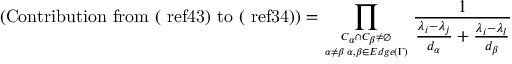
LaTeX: ( \mathrm { C o n t r i b u t i o n ~ f r o m ~ ( \ r e f { 4 3 } ) ~ t o ~ ( \ r e f { 3 4 } ) } ) = \prod _ { { C _ { \alpha } \cap C _ { \beta } \neq \emptyset } \atop { \alpha \neq \beta \; \alpha , \beta \in E d g e ( \Gamma ) } } \frac { 1 } { \frac { \lambda _ { i } - \lambda _ { j } } { d _ { \alpha } } + \frac { \lambda _ { i } - \lambda _ { l } } { d _ { \beta } } }